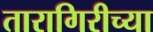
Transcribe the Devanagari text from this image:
तारागिरीच्या